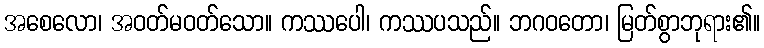
အစေလော၊ အဝတ်မဝတ်သော။ ကဿပေါ၊ ကဿပသည်။ ဘဂဝတော၊ မြတ်စွာဘုရား၏။